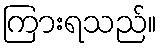
ကြားရသည်။